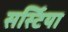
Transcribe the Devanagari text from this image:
सर्स्टिया